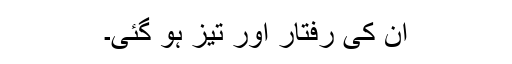
ان کی رفتار اور تیز ہو گئی۔